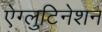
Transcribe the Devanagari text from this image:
ऐग्लुटिनेशन